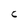
Character: C